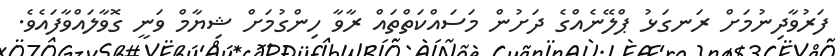
ފަރުވާދިނުމަށް ރަނގަޅު ޕްލޭނެއްގެ ދަށުން މަސައްކަތްތައް ރާވާ ހިންގުމަށް ޝިޔާމް ވަނީ ގޮވާލައްވާފައެވެ.